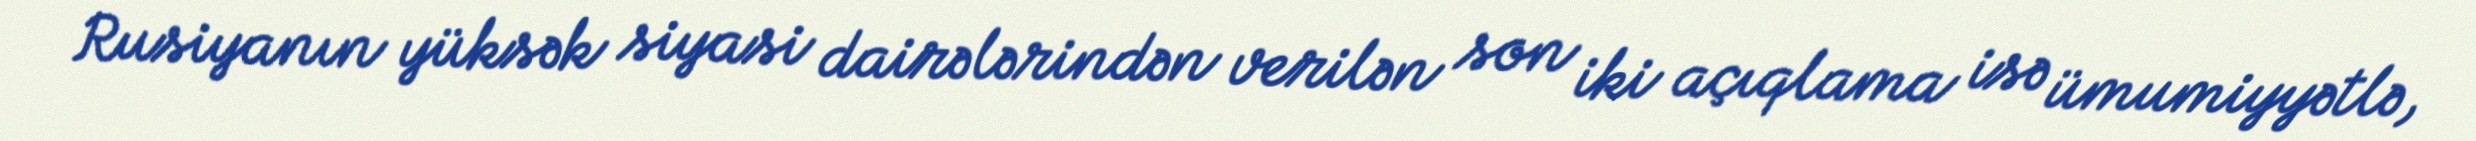
Rusiyanın yüksək siyasi dairələrindən verilən son iki açıqlama isə ümumiyyətlə,